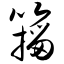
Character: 籀